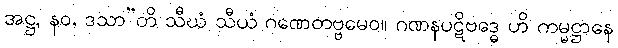
အဋ္ဌ, နဝ, ဒသာ”တိ သီဃံ သီယံ ဂဏေတဗ္ဗမေဝ။ ဂဏနပဋိဗဒ္ဓေ ဟိ ကမ္မဋ္ဌာနေ